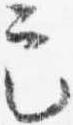
定